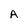
Character: A